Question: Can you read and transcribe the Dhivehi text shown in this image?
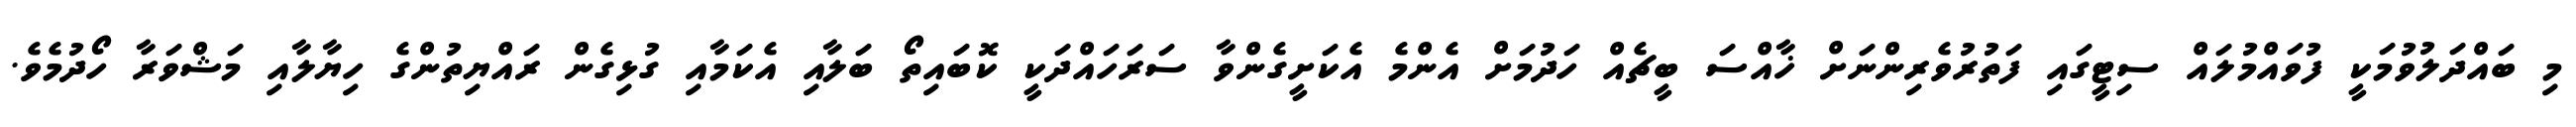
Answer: މި ބައްދަލުވުމަކީ ފުވައްމުލައް ސިޓީގައި ފަތުރުވެރިންނަށް ޚާއްސަ ބީޗެއް ހަދުމަށް އެންމެ އެކަށީގެންވާ ސަރަހައްދަކީ ކޮބައިތޯ ބަލާއި އެކަމާއި ގުޅިގެން ރައްޔިތުންގެ ހިޔާލާއި މަޝްވަރާ ހޯދުމެވެ.